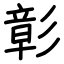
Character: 彰